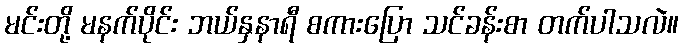
မင်းတို့ မနက်ပိုင်း ဘယ်နှနာရီ စကားပြော သင်ခန်းစာ တက်ပါသလဲ။